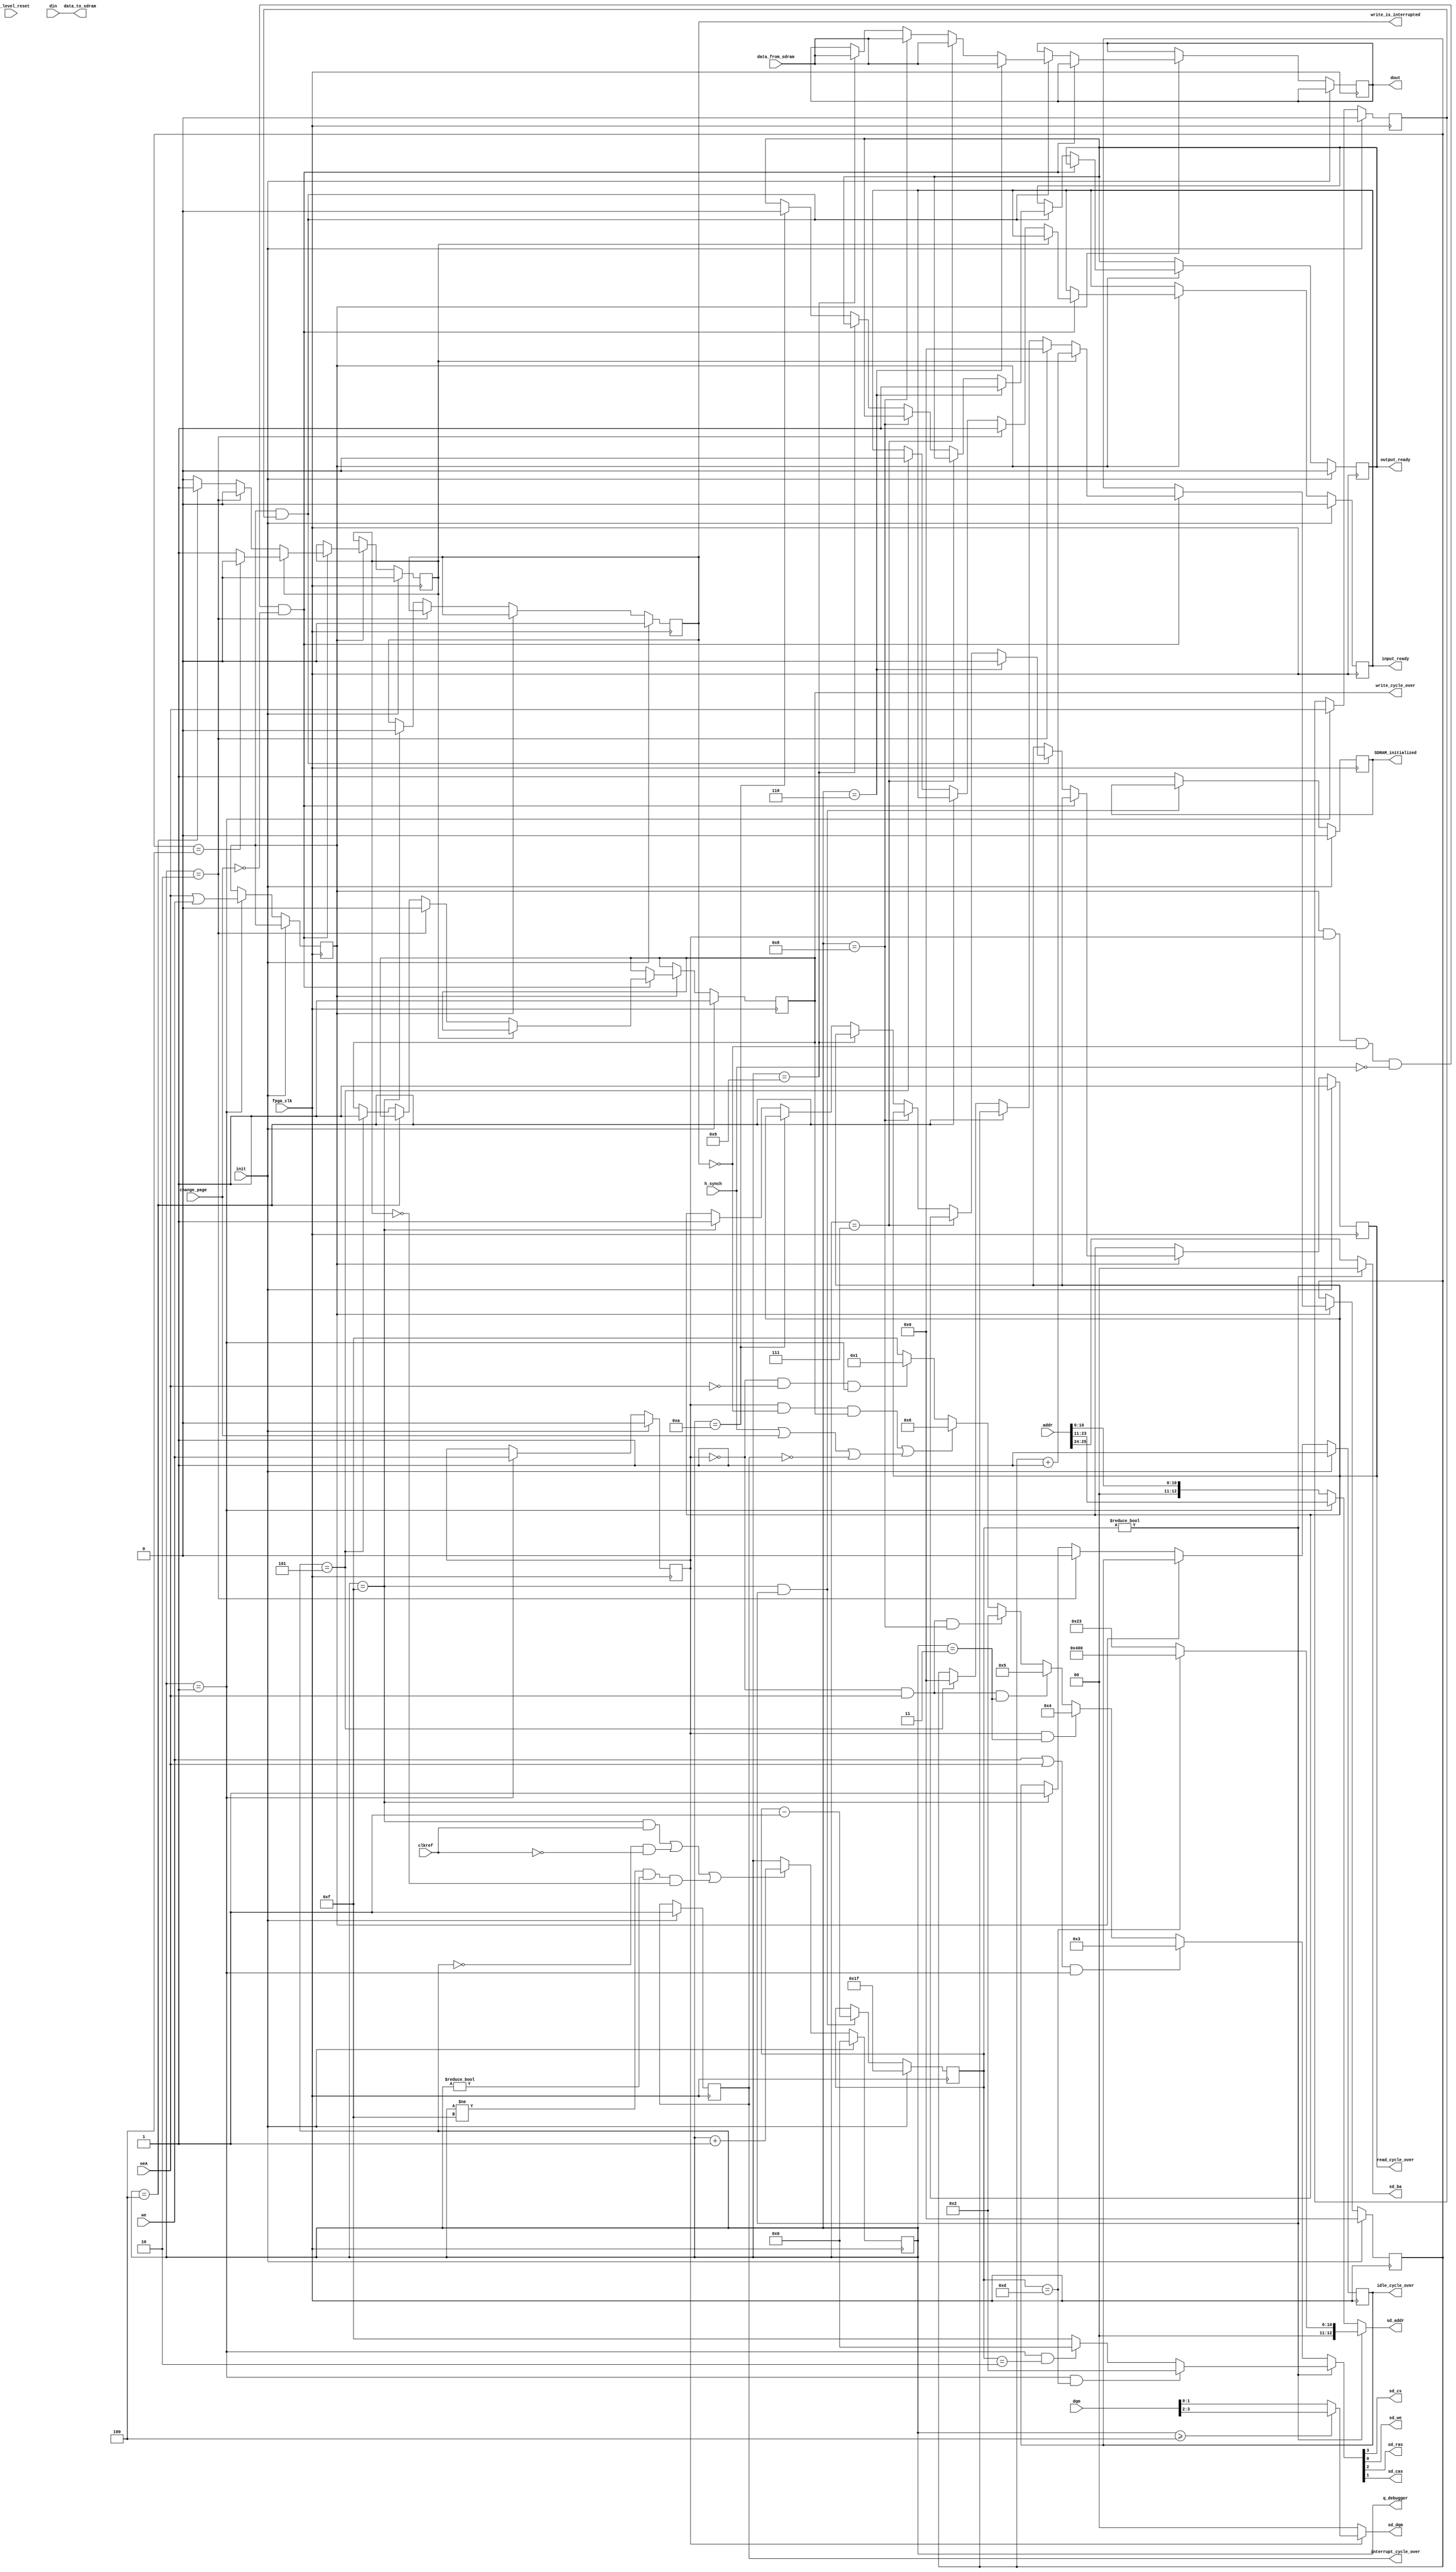
module SDRAM_driver_scope #(
			parameter					BURST_LENGTH = 9'b111,					//length is 8
			parameter					BURST_TYPE	 = 3'b11						//type is 8
)
(
			input 			[15:0]	data_from_sdram, 		// 16 bit bidirectional data bus. Ddata that is being received from the SDRAM
			output 			[15:0]  	data_to_sdram,			// 16 bit bidirectional data bus
																		// note: bidirectional buses must be defined teice on the top level, once as inputs and once as outputs

//SDRAM hardware interface																		
			output 			[12:0]	sd_addr,    			// A12-A0
			output 			[1:0] 	sd_dqm,     			// two byte masks. Assigned to the dqm pins. Allows the latching of multiple words. Not used.
			output 			[1:0] 	sd_ba,      			// BA1-BA0
			output 						sd_cs,      			// CS pin
			output 						sd_we,      			// WE pin
			output 						sd_ras,     			// RAS pin
			output 						sd_cas,     			// CAS pin

// command interface
			input 					 	init,	    				// init flag to reinitialize the SDRAM. Needs to be done once.
			input							top_level_reset,		// top reset flag. not used. bugs out functions
																		// since the SDRAM needs a very clear reset, any kind of noisy mess coming from outside would not work
			input 					 	fpga_clk,				// driver internal clock
			input							clkref,	   			// referece clock or top level (integration) clock = whatever is above the module, will be clocking with this clkref		
			
			input 			[25:0]   addr,       			// 26 bit byte address										
																		// addr is the concat of the 2 bank address ([25:24]), 13 the row address ([23:11]) and the 10 column address ([9:0])
																		// addr[10] is the A10 precharge bit, left ambigous

			input				[15:0]  	din,																																
			input 		 				we,         			// write enable flag
			input 			[3:0]    dqm,        			// data byte write mask
			input 		 				oeA,        			// read enable pin

			input							h_synch,					// image horzontal synch flag. Not used if input control aligns burst end to image row end.
			input							change_page,			// page change flag. Not used if input control aligns burst end to page change.
			
			output 	reg	[15:0]  	dout,

			output 	reg 				write_cycle_over = 1'b1,		//to track the state machine functions, we gave three different flags, depending on what the state machine was doing
			output 	reg 				read_cycle_over = 1'b1,
			output 	reg 				idle_cycle_over = 1'b1,
			output 	reg 				interrupt_cycle_over = 1'b1,		

			output 	reg 				input_ready = 1'b0,				// pulled high for 4 steps (5 in case of an interrupt) to step the write pixel counter 4 times (5 times) and log the incoming pixel burst
			output 	reg 				output_ready = 1'b0,				// ready flag. Only updates while reading.
			
			output 	reg 				write_is_interrupted = 1'b0,	//used to "lock" an interrupt state in until at least one idle state has come through. Used as a ram_we control above
			output 	reg 				SDRAM_initialized = 1'b0,		//will be pulled HIGH when the SDRAM is initialized. Used to sequentially reset the entire code with the SDRAM first and then the rest.

			
//debugging tool
			output 			[3:0]		q_debugger
);
	
	
//for our SDRAM, the mode register thus will be:

			localparam 					ACCESS_TYPE    = 1'b0;				//sequential access
			localparam 					CAS_LATENCY    = 3'd2;				//the amount of time it takes for the read data to emerge from the SDRAM
			localparam 					OP_MODE        = 2'b00;				//standard operation
			localparam 					WRITE_BURST 	= 1'b0;				//write burst


//this is the data to be published into the MODE REGISTER:
			localparam 					MODE = {5'b00000, WRITE_BURST, OP_MODE, CAS_LATENCY, ACCESS_TYPE, BURST_TYPE};
			
// ---------------------------------------------------------------------
// ------------------------ cycle state machine ------------------------
// ---------------------------------------------------------------------

			localparam 					RASCAS_DELAY   = 3'd2;  											// tRCD is between 14 ns and 18 ns
			localparam 					STATE_FIRST     = 4'd0;   											// first state in cycle																																									//0000
			localparam 					STATE_CMD_START = 4'd1;   											// state in which a new command can be started																																	//0001
			localparam 					STATE_CMD_CONT  = STATE_CMD_START + RASCAS_DELAY; 			//necessary RCD time has passed (measured in clock cycles/state steps)																	//0011
			localparam 					STATE_CMD_READ1  = STATE_CMD_CONT + CAS_LATENCY + 1;   	//the read information has arrived with CAS delay (with CAS of 2, it would be 10 ns, just past 2 cycles)						//0111
			localparam 					STATE_CMD_READ2  = STATE_CMD_READ1 + 1;																																														//1000
			localparam 					STATE_CMD_READ3  = STATE_CMD_READ2 + 1;																																														//1001
			localparam 					STATE_CMD_READ4  = STATE_CMD_READ3 + 1;																																														//1010
			localparam 					STATE_CMD_READ5  = STATE_CMD_READ4 + 1;
			localparam 					STATE_CMD_READ6  = STATE_CMD_READ5 + 1;
			localparam 					STATE_CMD_READ7  = STATE_CMD_READ6 + 1;
			localparam 					STATE_CMD_READ8  = STATE_CMD_READ7 + 1;

			localparam 					STATE_LAST      = 4'd15;  											// last state in cycle																																											//1111
		
			reg 				[3:0] 	q = STATE_FIRST;														//state machine will be 16 steps
			
//Note: 	the actual clock over speed of the SDRAM driver will be the driver clock divided by the number of steps. For 100 MHz and 16 steps, that will be 6.25 MHz. For 166 MHz and 8 steps, it will be 20.75 MHz.
//			The steps will follow each other with the driver clock.
//			The clock over speed is a mayor element and must always be kept in mind when changing the timing a layer above the driver.
//			When bursting, we eventually capture the burst with this clock over speed and not the driver clock. For 6.25 MHz and 8 burst, it will be the same data flux as 50 MHz and no burst (single element action).

//clkref is there to harmonize the SDRAM state machine to the external clock. Likely needed because we introduce some clock skew within the SDRAM.			
always @(posedge fpga_clk) begin
		if (init) q = STATE_FIRST;
   // force counter to pass state LAST->FIRST exactly after the rising edge of clkref
	// freeze state machine is to block the state machine during a longer write or read cycle
		else if (((q == STATE_LAST) && (clkref == 1)) || ((q == STATE_FIRST) && (clkref == 0)) || ((q != STATE_LAST) && (q != STATE_FIRST)) && !freeze_state_machine) q <= q + 4'd1;	
end

//above, we lack a reset
//generally, within the SDRAM we have a synch reset, not an asynch one. Could also be the source of many bugs.
//also, we reset everything according

// ---------------------------------------------------------------------
// --------------------------- startup/reset ---------------------------
// ---------------------------------------------------------------------

// wait 3.2 us (32 100Mhz cycles) after FPGA config is done before going into normal operation. Initialize the ram in the last 16 reset cycles (cycles 15-0)
			reg 				[4:0] 	reset;
			
always @(posedge fpga_clk) begin
	if (init) begin													//we initialize here using init. init is not the same as reset. init resets all, reset only the state of the SDRAM driver
		reset <= 5'h1f;												//init flag resets the reset register to full 1
		SDRAM_initialized <= 1'b0;
	end
	else if ((q == STATE_LAST) && (reset != 0))
		reset <= reset - 5'd1;										//reset must be 0 in order to proceed
	else SDRAM_initialized <= 1'b1;
end



// ---------------------------------------------------------------------
// ------------------ generate ram control signals ---------------------
// ---------------------------------------------------------------------

			localparam 					CMD_INHIBIT         = 4'b1111;
			localparam 					CMD_ACTIVE          = 4'b0011;						
			localparam 					CMD_READ            = 4'b0101;						
			localparam 					CMD_WRITE           = 4'b0100;						
			localparam 					CMD_BURST_TERMINATE = 4'b0110;						//burst terminate
			localparam 					CMD_PRECHARGE       = 4'b0010;						//we only use this during the reset sequence
			localparam 					CMD_AUTO_REFRESH    = 4'b0001;						
			localparam 					CMD_LOAD_MODE       = 4'b0000;						//we only use this during the reset sequence	
		
		
			wire 				[3:0] 	sd_cmd;   													// current command sent to sd ram

//assign command pins
assign sd_cs  = sd_cmd[3];
assign sd_ras = sd_cmd[2];
assign sd_cas = sd_cmd[1];
assign sd_we  = sd_cmd[0];



// ---------------------------------------------------------------------
// ------------------ put things together ---------------------
// ---------------------------------------------------------------------

//read enable latched to a wire
			wire 									oe = oeA;		

//register used to store writing or reading enable commands
			reg 									acycle;

//counter to count, how many pixels we skip after an interrupt		

			reg				[8:0]				column_counter = 9'b0;					//count where we are in the burst, at which element (that is, which column we are writing into at the moment)

//Note: 	we can't change page while bursting, we only cycle columns (0-511 or a register sized [8:0])
//			If we don't change page, the burst will loop around and start again.
//			Changing page means restarting a state machine cycle and loading in a brand new address with the updated page number.

			reg									freeze_state_machine = 1'b0;			//this is the flag to force the state machine to stop while we want more steps than 16. Used only for bursts longer than 8.
			
//State machine assignment

//enables latched to wires internal to the state machine
			reg									in_state_we = 0;							//these are internal registers to store we and oeA values during an entire state machine clock over
			reg									in_state_oeA = 0;
			
always @(posedge fpga_clk) begin
	
	//SDRAM flag and signal reset
	if (init) begin																	//upon reset, we zero out all the flags
																									//mind, this is not the initialization reset. This is the functional reset.
		//internal write and read latches
		in_state_we <= 0;
		in_state_oeA <= 0;
		
		//write and read signals
		input_ready <= 0;
		output_ready <= 0;

		//cycle indicators
		write_cycle_over <= 1;																//the cycle over flags are HIGH when the cycle is over.
		read_cycle_over <= 1;
		idle_cycle_over <= 1;
		interrupt_cycle_over <= 1;
		
		//interrupt flag
		write_is_interrupted <= 0;															

		//burst length control
		freeze_state_machine <= 1'b0;													
		column_counter <= 9'b0;
	end

	
	else begin
		//acycle definition
		if (q == STATE_CMD_START) begin		//0010
				acycle <= oeA | we;
				in_state_we <= we;															//we want the we and the oeA to take effect only at the start of a state machine. No interrupts allowed.
				in_state_oeA <= oeA;
				
		end
	
	
		//Idle cycle
		if (!acycle) begin																	//we force idle on startup in the image capture module
			if (q == STATE_CMD_START + 1) begin
				idle_cycle_over <= 0;	//0011
			end
			else if (q == STATE_LAST) begin
				idle_cycle_over <= 1;			//1111
				write_is_interrupted <= 0;													//interrupt flag is zeroed out only once we know we have incremendted the idle state counter
																									//zeroing out before would mean that r_empty could confuse the setup
			end
		end
	
		//Write cycle for full page/flexible burst															//we have a flexible burst rate between either 4 and 8. 
		else if (acycle && in_state_we && !write_is_interrupted && !h_synch && !change_page) begin
			if(freeze_state_machine == 1) begin
				column_counter <= column_counter + 1;
				if(column_counter == (BURST_LENGTH - 3)) freeze_state_machine <= 0;					//freeze the state machine while bursting for 8/64/128/256/512 counts
																															//can't burst below 4 since it takes 3 write steps already to get to this spot
																															//Note: this freezing introduces a slight delay of 4 steps within the state machine when we burst for 8 compared to hardware-adjusted 8 burst.
																															//This delay is negligible under 25 MHz loading for a 100 MHz SDRAM (will be 1 pixel per write cycle, speed loss of 12.5%). It will be negligable under 50 MHz for 200 MHz SDRAM.
			end
			else
			if (q == STATE_CMD_CONT - 1) begin							//0011
					input_ready <= 1;																												
					write_cycle_over <= 0;
					//ADDED
					column_counter <= 9'b0;																			//if we don't have a zeroing here too, we may not zero out the column_counter whatsoever.
			end
			//following two lines removed would lead to a full rollback to 4 burst
			else if (q == STATE_CMD_CONT + 1)	freeze_state_machine <= 1;								//this is necessary to not confuse the command dynamics	
			else if (q == STATE_CMD_CONT + 2) begin
//			else if (q == STATE_CMD_CONT + 3) begin			
					input_ready <= 0;
					column_counter <= 9'b0;
					write_cycle_over <= 1;																			//might need to be one cycle later
			end
		end	
		
		//Read cycle											
						//Note:
						//This is hard-wired to be a 4-burst read. It is necessary to generate fast enough output for the HDMI.
		else if (acycle && in_state_oeA) begin
			if (q == STATE_CMD_READ1) begin
				dout[15:0] <= data_from_sdram[15:0];															//we publish the first element here
				output_ready <= 1;
				read_cycle_over <= 0;			
			end
			else if (q == STATE_CMD_READ2) dout[15:0] <= data_from_sdram[15:0];						//we publish the second element here
			else if (q == STATE_CMD_READ3) dout[15:0] <= data_from_sdram[15:0];						//we publish the third element here
			else if (q == STATE_CMD_READ4) dout[15:0] <= data_from_sdram[15:0];						//we publish the fourth element here
			else if (q == STATE_CMD_READ4 + 1) output_ready <= 0;											//for 4 burst, close here and 		
			else if (q == STATE_LAST) read_cycle_over <= 1;													//last step should be kept as-is to avoid bugs in timing
		end
		
		//Interrupt cycle
		//The interrupt cycle is only used when the burst and the input don't align.
		//Left in here in case an interrupt cycle will be used for later iterations.
		
//		else if (h_synch || change_page || !interrupt_cycle_over) begin
//			write_is_interrupted <= 1;													//interrupt flag is to force the interrupt and the following idle to occur
//			freeze_state_machine <= 0;
//			interrupt_cycle_over <= 0;
//			input_ready <= 0;																//we shut off the input ready signal the moment we enter the interrupt cycle
//			column_counter <= 9'b0;
//			write_cycle_over <= 1;
//			if (q == STATE_LAST) interrupt_cycle_over <= 1;
//		end	
	end
end


//Command registers definition

			wire 				[3:0] 	reset_cmd = ((q == STATE_CMD_START) && (reset == 13)) ? CMD_PRECHARGE : ((q == STATE_CMD_START) && (reset ==  2)) ? CMD_LOAD_MODE : CMD_INHIBIT;

			wire 				[3:0] 	run_cmd = 	((we || oe) && (q == STATE_CMD_START)) ? CMD_ACTIVE : 														//this need to stay we and oe since we assign the in_state_we values afterwards within teh state machine
			
															(in_state_we && (q == STATE_CMD_CONT))  ? CMD_WRITE : 
															
															(!in_state_we &&  oe && (q == STATE_CMD_CONT))  ? CMD_READ :
															
															(!in_state_we &&  oe && (q == STATE_CMD_READ3)) ? CMD_PRECHARGE :														//read burst end for 4 burst													
																																															//Note: we use the PRECHARGE command to close the read cycle
															
															((in_state_we && !write_is_interrupted && write_cycle_over) 															//write burst end
															|| (h_synch || change_page || !interrupt_cycle_over))  ? CMD_BURST_TERMINATE :						//interrupt burst terminate (not used)
																																															//Note: we use the BURST_TERMINATE command to "close" the full page burst. Since we want to carry on from where we started, PRECHARGE will not work here.
																																																	//BURST_TERMINATE leaves the bank active to restart writing.
															
															(!in_state_we && !oe && (q == STATE_CMD_START)) ? CMD_AUTO_REFRESH :
															
															CMD_INHIBIT;

															//Note:	write is instant after a command has been sent.
															//			burst write interrupt blocks the element it is engaged in parallel with
															//			burst read interrupt blocks the element after it is engaged
															//			read comes after cas delay
			
//Address registers
			
			wire 				[12:0] 	reset_addr = reset == 13 ? 13'b0010000000000 : MODE[12:0];

			wire 				[12:0] 	run_addr = q == STATE_CMD_START ? {addr[23:11]} : {2'b00, addr[10:0]}; 			//addr <= {5'b000000, write_pixel_counter[18:9], 1'b1 , 1'b0 , write_pixel_counter[8:0]};
																																					//A10 is the auto precharge bit. Needs to be HIGH for bursts that are not full page to automatically precharge the active row after use.
																																					//If no AUTO-PRECHARGE is used, the PRECHARGE command needs to be sent to the SDRAM to close the row, otherwise it will remain open and we can't change rows.
			
			
//Assignments
		 
assign sd_cmd = reset != 0 ? reset_cmd : run_cmd;

assign sd_addr = reset != 0 ? reset_addr : run_addr;

assign sd_ba = reset != 0 ? 2'b0 : addr[25:24];

assign data_to_sdram = din[15:0];

assign sd_dqm = in_state_we ? (q >= STATE_CMD_CONT + 1 ? dqm[3:2] : dqm[1:0]) : 2'b0;

//Debug tools
assign q_debugger = q;

endmodule